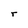
Character: r